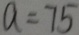
a = 7 5